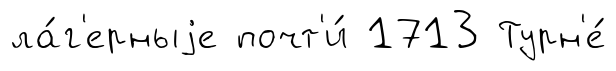
ла́г'ерныjе почт'и́ 1713 Турн'е́